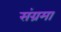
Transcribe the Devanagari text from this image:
संग्रमा